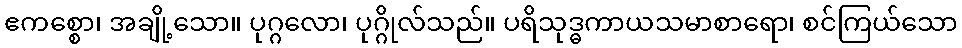
ဧကစ္စော၊ အချို့သော။ ပုဂ္ဂလော၊ ပုဂ္ဂိုလ်သည်။ ပရိသုဒ္ဓကာယသမာစာရော၊ စင်ကြယ်သော